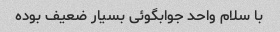
با سلام واحد جوابگوئی بسیار ضعیف بوده